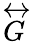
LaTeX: \overleftrightarrow{G}